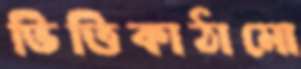
ভিত্তিকাঠামো